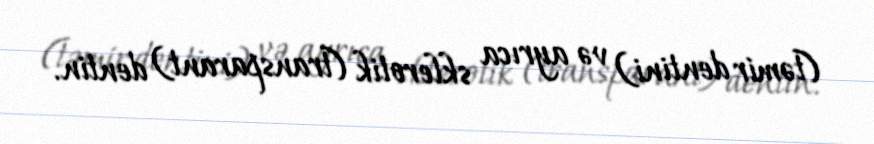
(təmir dentini) və ayrıca sklerotik (transparant) dentin.